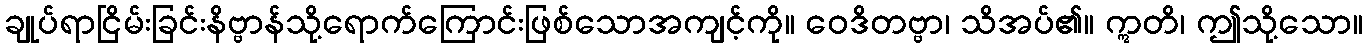
ချုပ်ရာငြိမ်းခြင်းနိဗ္ဗာန်သို့ရောက်ကြောင်းဖြစ်သောအကျင့်ကို။ ဝေဒိတဗ္ဗာ၊ သိအပ်၏။ ဣတိ၊ ဤသို့သော။